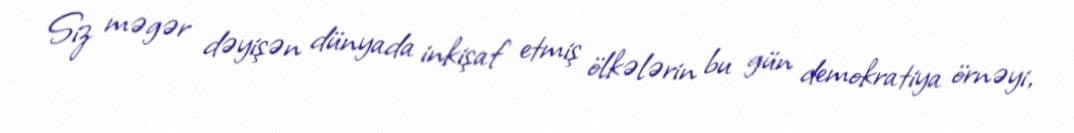
Siz məgər dəyişən dünyada inkişaf etmiş ölkələrin bu gün demokratiya örnəyi,